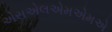
એસએલએમએમએ